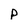
Character: p